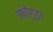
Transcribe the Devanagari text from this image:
अधोगुडा